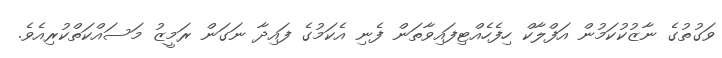
ވަގުތުގެ ނާޒުކުކަމުން އަފްލާކް ހިފެހެއްޓިފައިވާތަން ފެނި އެކަމުގެ ފައިދާ ނަގަން ރަމީޒު މަސައްކަތްކުރިއެވެ.